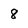
Character: 8